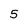
Character: 5